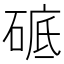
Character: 𥓵